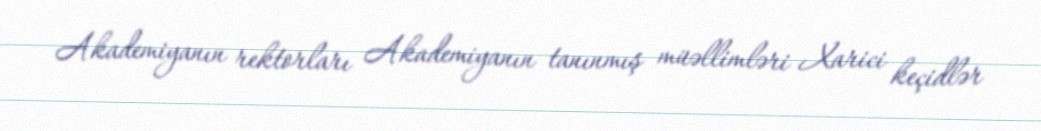
Akademiyanın rektorları Akademiyanın tanınmış müəllimləri Xarici keçidlər